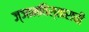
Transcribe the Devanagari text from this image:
ज्ञानविस्ताराची